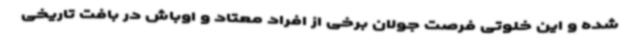
شده و این خلوتی فرصت جولان برخی از افراد معتاد و اوباش در بافت تاریخی